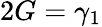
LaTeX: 2G=\gamma_{1}